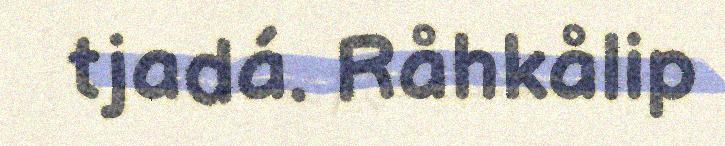
tjadá. Råhkålip